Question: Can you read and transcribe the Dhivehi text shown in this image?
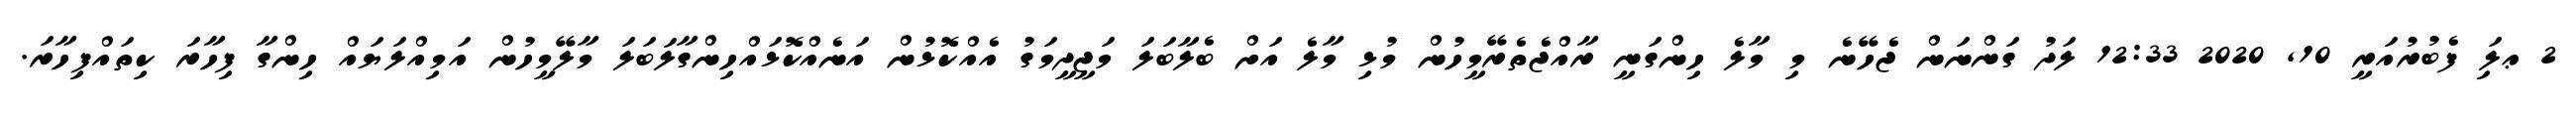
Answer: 2 ޢލަި ފެބުރުއަރީ 10, 2020 12:33 ލަދު ގަންނަން ޖެހޭނެ މި މާލެ ހިންގަނީ ރާއްޖެތެރޭމީހުން މުޅި މާލެ އަށް ބެލާބަލަ މަޖީދީމަގު އެއްކޮޅުން އަނެއްކޮޅައްހިންގާލަބަލަ މާލޭމީހުން އަމިއްލަޔައް ހިންގާ ފިހާރަ ކިތައްފިހާރަ.